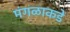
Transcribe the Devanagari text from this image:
मंगळाकडे